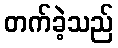
တက်ခဲ့သည်